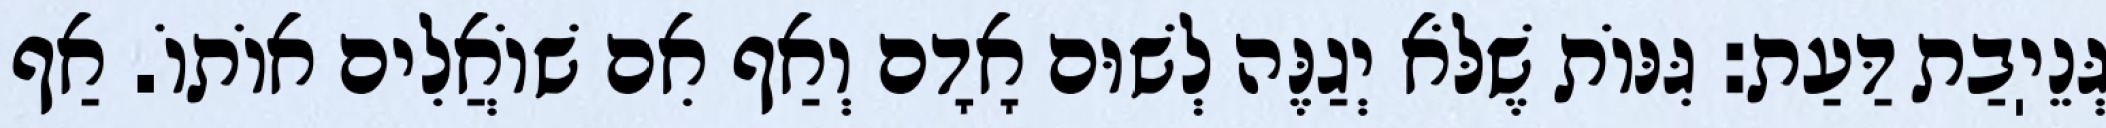
גְּנֵיֽבַת דַּעַת: גִּנּוֹת שֶׁלֹּא יְגַנֶּה לְשׁוּם אָדָם וְאַף אִם שׁוֹאֲלִים אוֹתוֹ. אַף